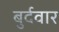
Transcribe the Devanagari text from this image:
बुर्दवार